Civil Veterinary Department Bihar reports 1936-40 - 1936-1940
Year: 1936
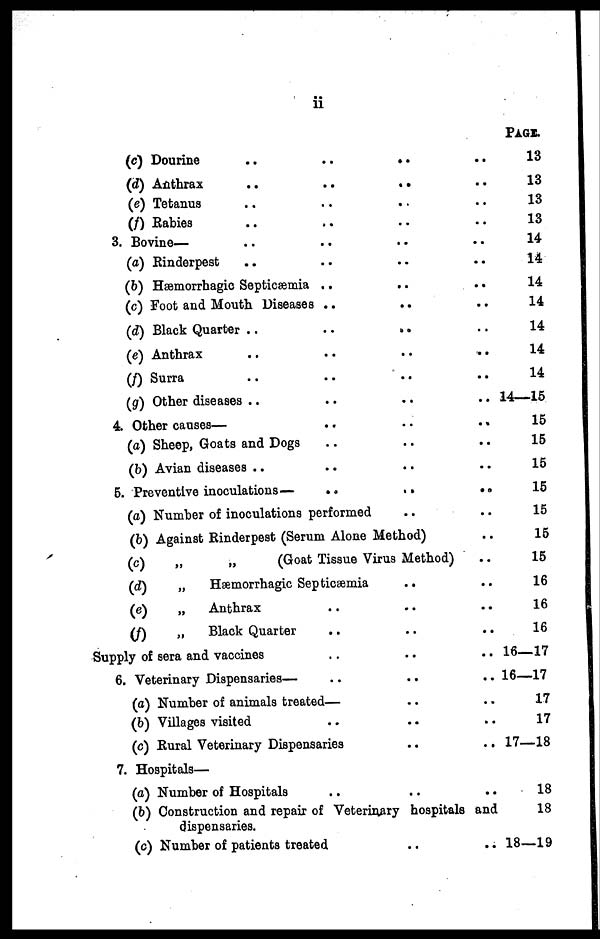
ii
(c) Dourine
..
..
..
..
(d) Anthrax
..
..
..
..
(e) Tetanus .. .. ..
(f) Rabies .. .. ..
3. Bovine—
(a) Rinderpest .. .. .. ..
(b) Hæmorrhagic Septicæmia .. .. ..
(c) Foot and Mouth Diseases .. .. ..
(d) Black Quarter ..
..
..
..
(e) Anthrax .. .. .. ..
(f) Surra .. .. .. ..
(g) Other diseases .. .. .. ..
4. Other causes— .. .. ..
(a) Sheep, Goats and Dogs .. .. ..
(b) Avian diseases .. .. .. ..
5. Preventive inoculations—
..
..
..
(a) Number of inoculations performed .. ..
(b) Against Rinderpest (Serum Alone Method) ..
(c)
„
„
(Goat Tissue Virus Method)
(d)
„
Hæmorrhagic Septiæmia .. ..
(e)
„
Anthrax .. .. ..
(f)
„
Black Quarter .. .. ..
Supply of sera and vaccines .. .. ..
6. Veterinary Dispensaries— .. .. ..
(a) Number of animals treated— .. ..
(b) Villages visited .. .. ..
(c) Rural Veterinary Dispensaries
..
..
7. Hospitals—
(a) Number of Hospitals .. .. ..
(b) Construction and repair of Veterinary hospitals and
dispensaries.
(c) Number of patients treated .. ..
PAGE.
13
13
13
13
14
14
14
14
14
14
14
14—15
15
15
15
15
15
15
15
16
16
16
16—17
16—17
17
17
17—18
18
18
18—19